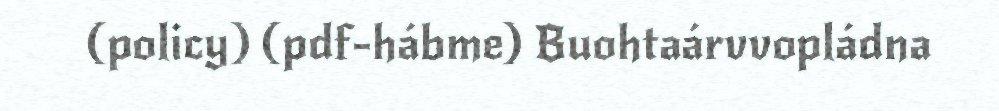
(policy) (pdf-hábme) Buohtaárvvopládna